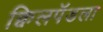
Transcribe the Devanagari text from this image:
क्विलपॅडला